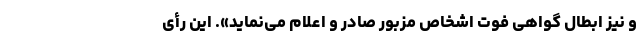
و نیز ابطال گواهی فوت اشخاص مزبور صادر و اعلام می‌نماید». این رأی